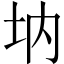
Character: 㘨